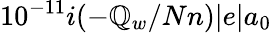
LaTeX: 10^{-11}i(-\mathbb{Q}_{w}/Nn)|e|a_{0}